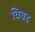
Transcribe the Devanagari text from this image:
चिबड